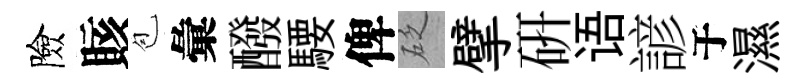
險賅苞彙醱騕俾砭擘硏语諺于濕